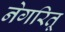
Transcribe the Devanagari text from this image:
नेगरितू